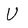
Character: U